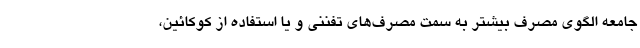
جامعه الگوی مصرف بیشتر به سمت مصرف‌های تفننی و یا استفاده از کوکائین،